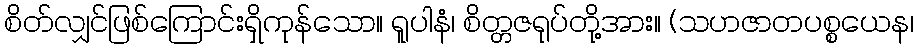
စိတ်လျှင်ဖြစ်ကြောင်းရှိကုန်သော။ ရူပါနံ၊ စိတ္တဇရုပ်တို့အား။ (သဟဇာတပစ္စယေန၊